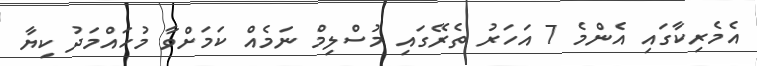
އެމެރިކާގައި އެންމެ 7 އަހަރު ތެރޭގައި މުސްލިމް ނަމެއް ކަމަށްވާ މުހައްމަދު ކިޔާ